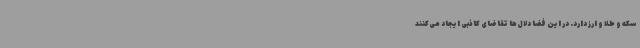
سکه و طلا و ارز دارد. در این فضا دلال‌ها تقاضای کاذبی ایجاد می‌کنند